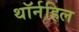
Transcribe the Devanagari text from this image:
थॉर्नहिल